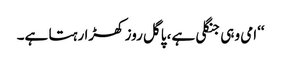
‘‘امی وہی جنگلی ہے، پاگل روز کھڑا رہتا ہے۔